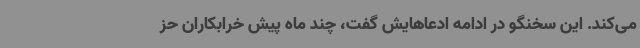
می‌کند. این سخنگو در ادامه ادعاهایش گفت، چند ماه پیش خرابکاران حز